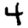
Digit: 4